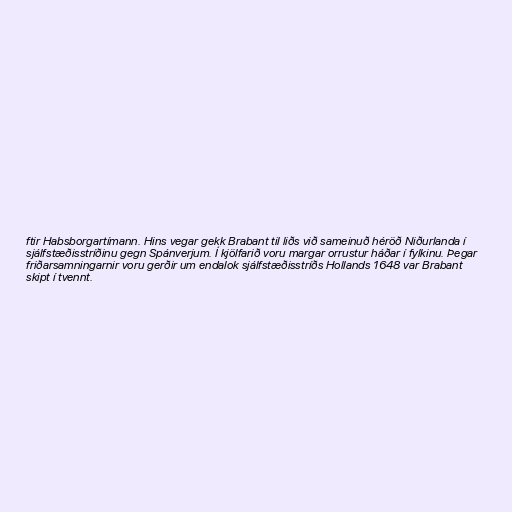
ftir Habsborgartímann. Hins vegar gekk Brabant til liðs við sameinuð héröð Niðurlanda í
sjálfstæðisstríðinu gegn Spánverjum. Í kjölfarið voru margar orrustur háðar í fylkinu. Þegar
friðarsamningarnir voru gerðir um endalok sjálfstæðisstríðs Hollands 1648 var Brabant
skipt í tvennt.